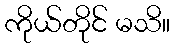
ကိုယ်တိုင် မသိ။